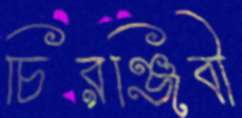
চিরঞ্জিবী